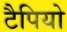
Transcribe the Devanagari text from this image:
टैपियो